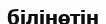
білінөтін